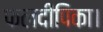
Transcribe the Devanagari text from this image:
फलदीपिका।